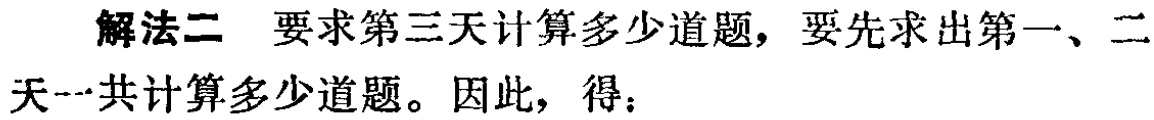
解法二 要求第三天计算多少道题，要先求出第一、二天一共计算多少道题。因此，得：